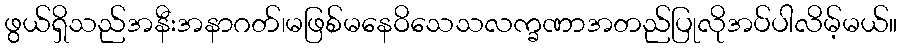
ဖွယ်ရှိသည်အနီးအနာဂတ်၊မဖြစ်မနေဝိသေသလက္ခဏာအတည်ပြုလိုအပ်ပါလိမ့်မယ်။